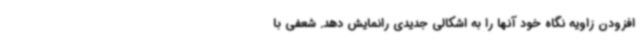
افزودن زاویه نگاه خود آنها را به اشکالی جدیدی رانمایش دهد. شعفی با